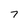
Character: 7